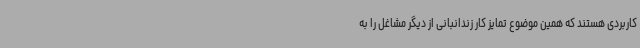
کاربردی هستند که همین موضوع تمایز کار زندانبانی از دیگر مشاغل را به